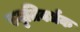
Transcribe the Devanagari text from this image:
स्मृतिवर्धक